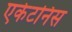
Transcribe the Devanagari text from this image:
एर्केटनिस